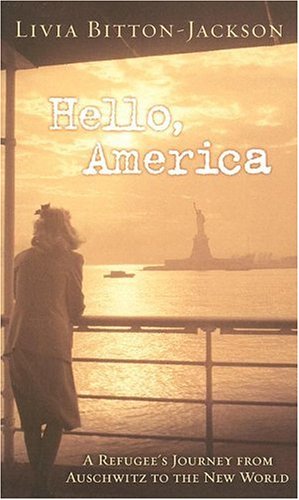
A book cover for Hello, America: A Refugee's Journey from Auschwitz to the New World; Livia Bitton-Jackson; Children's Books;